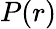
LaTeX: P(r)